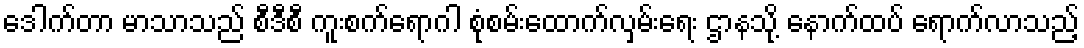
ဒေါက်တာ မာသာသည် စီဒီစီ ကူးစက်ရောဂါ စုံစမ်းထောက်လှမ်းရေး ဌာနသို့ နောက်ထပ် ရောက်လာသည့်